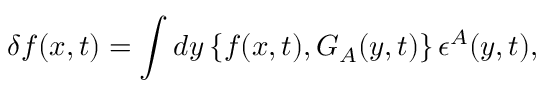
\delta f ( x , t ) = \int d y \, \{ f ( x , t ) , G _ { A } ( y , t ) \} \, \epsilon ^ { A } ( y , t ) ,